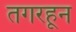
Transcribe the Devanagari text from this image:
तगरहून